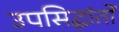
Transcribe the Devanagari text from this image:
उपसिद्धांतों